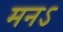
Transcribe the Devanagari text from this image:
मनऽ